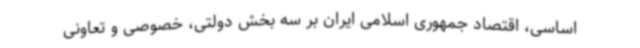
اساسی، اقتصاد جمهوری اسلامی ایران بر سه بخش دولتی، خصوصی و تعاونی